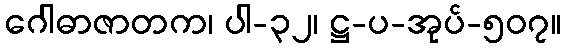
ဂေါဓာဇာတက၊ ပါ-၃၂၊ ဋ္ဌ-ပ-အုပ်-၅၀၇။